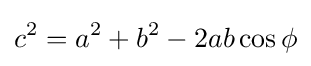
c^{2}=a^{2}+b^{2}-2ab\cos \phi